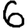
Digit: 6